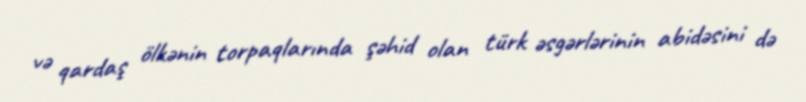
və qardaş ölkənin torpaqlarında şəhid olan türk əsgərlərinin abidəsini də